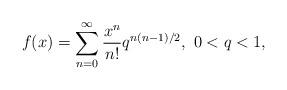
LaTeX: \begin{align*}f(x) = \sum\limits_{n = 0}^\infty {\frac{{{x^n}}}{{n!}}{q ^{ n(n - 1)/2}}},\ 0<q<1,\end{align*}